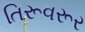
તિરૂવરૂર